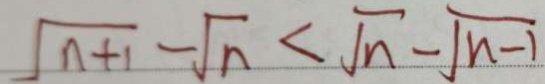
\sqrt { n + 1 } - \sqrt { n } < \sqrt { n } - \sqrt { n - 1 }